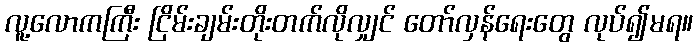
လူ့လောကကြီး ငြိမ်းချမ်းတိုးတက်လိုလျှင် တော်လှန်ရေးတွေ လုပ်၍မရ။